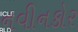
નવીનકોર